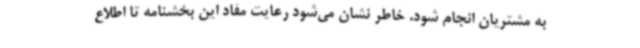
به مشتریان انجام شود. خاطر نشان می‌شود رعایت مفاد این بخشنامه تا اطلاع